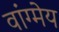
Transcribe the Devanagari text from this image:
वांग्मेय